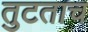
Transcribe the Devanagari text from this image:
तुटताच